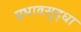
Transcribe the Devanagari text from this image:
प्रभावसुद्धा